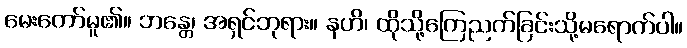
မေးတော်မူ၏။ ဘန္တေ၊ အရှင်ဘုရား။ နဟိ၊ ထိုသို့ကြေညက်ခြင်းသို့မရောက်ပါ။